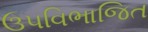
ઉપવિભાજિત